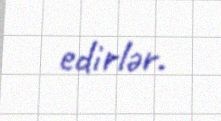
edirlər.